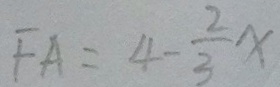
F A = 4 - \frac { 2 } { 3 } x